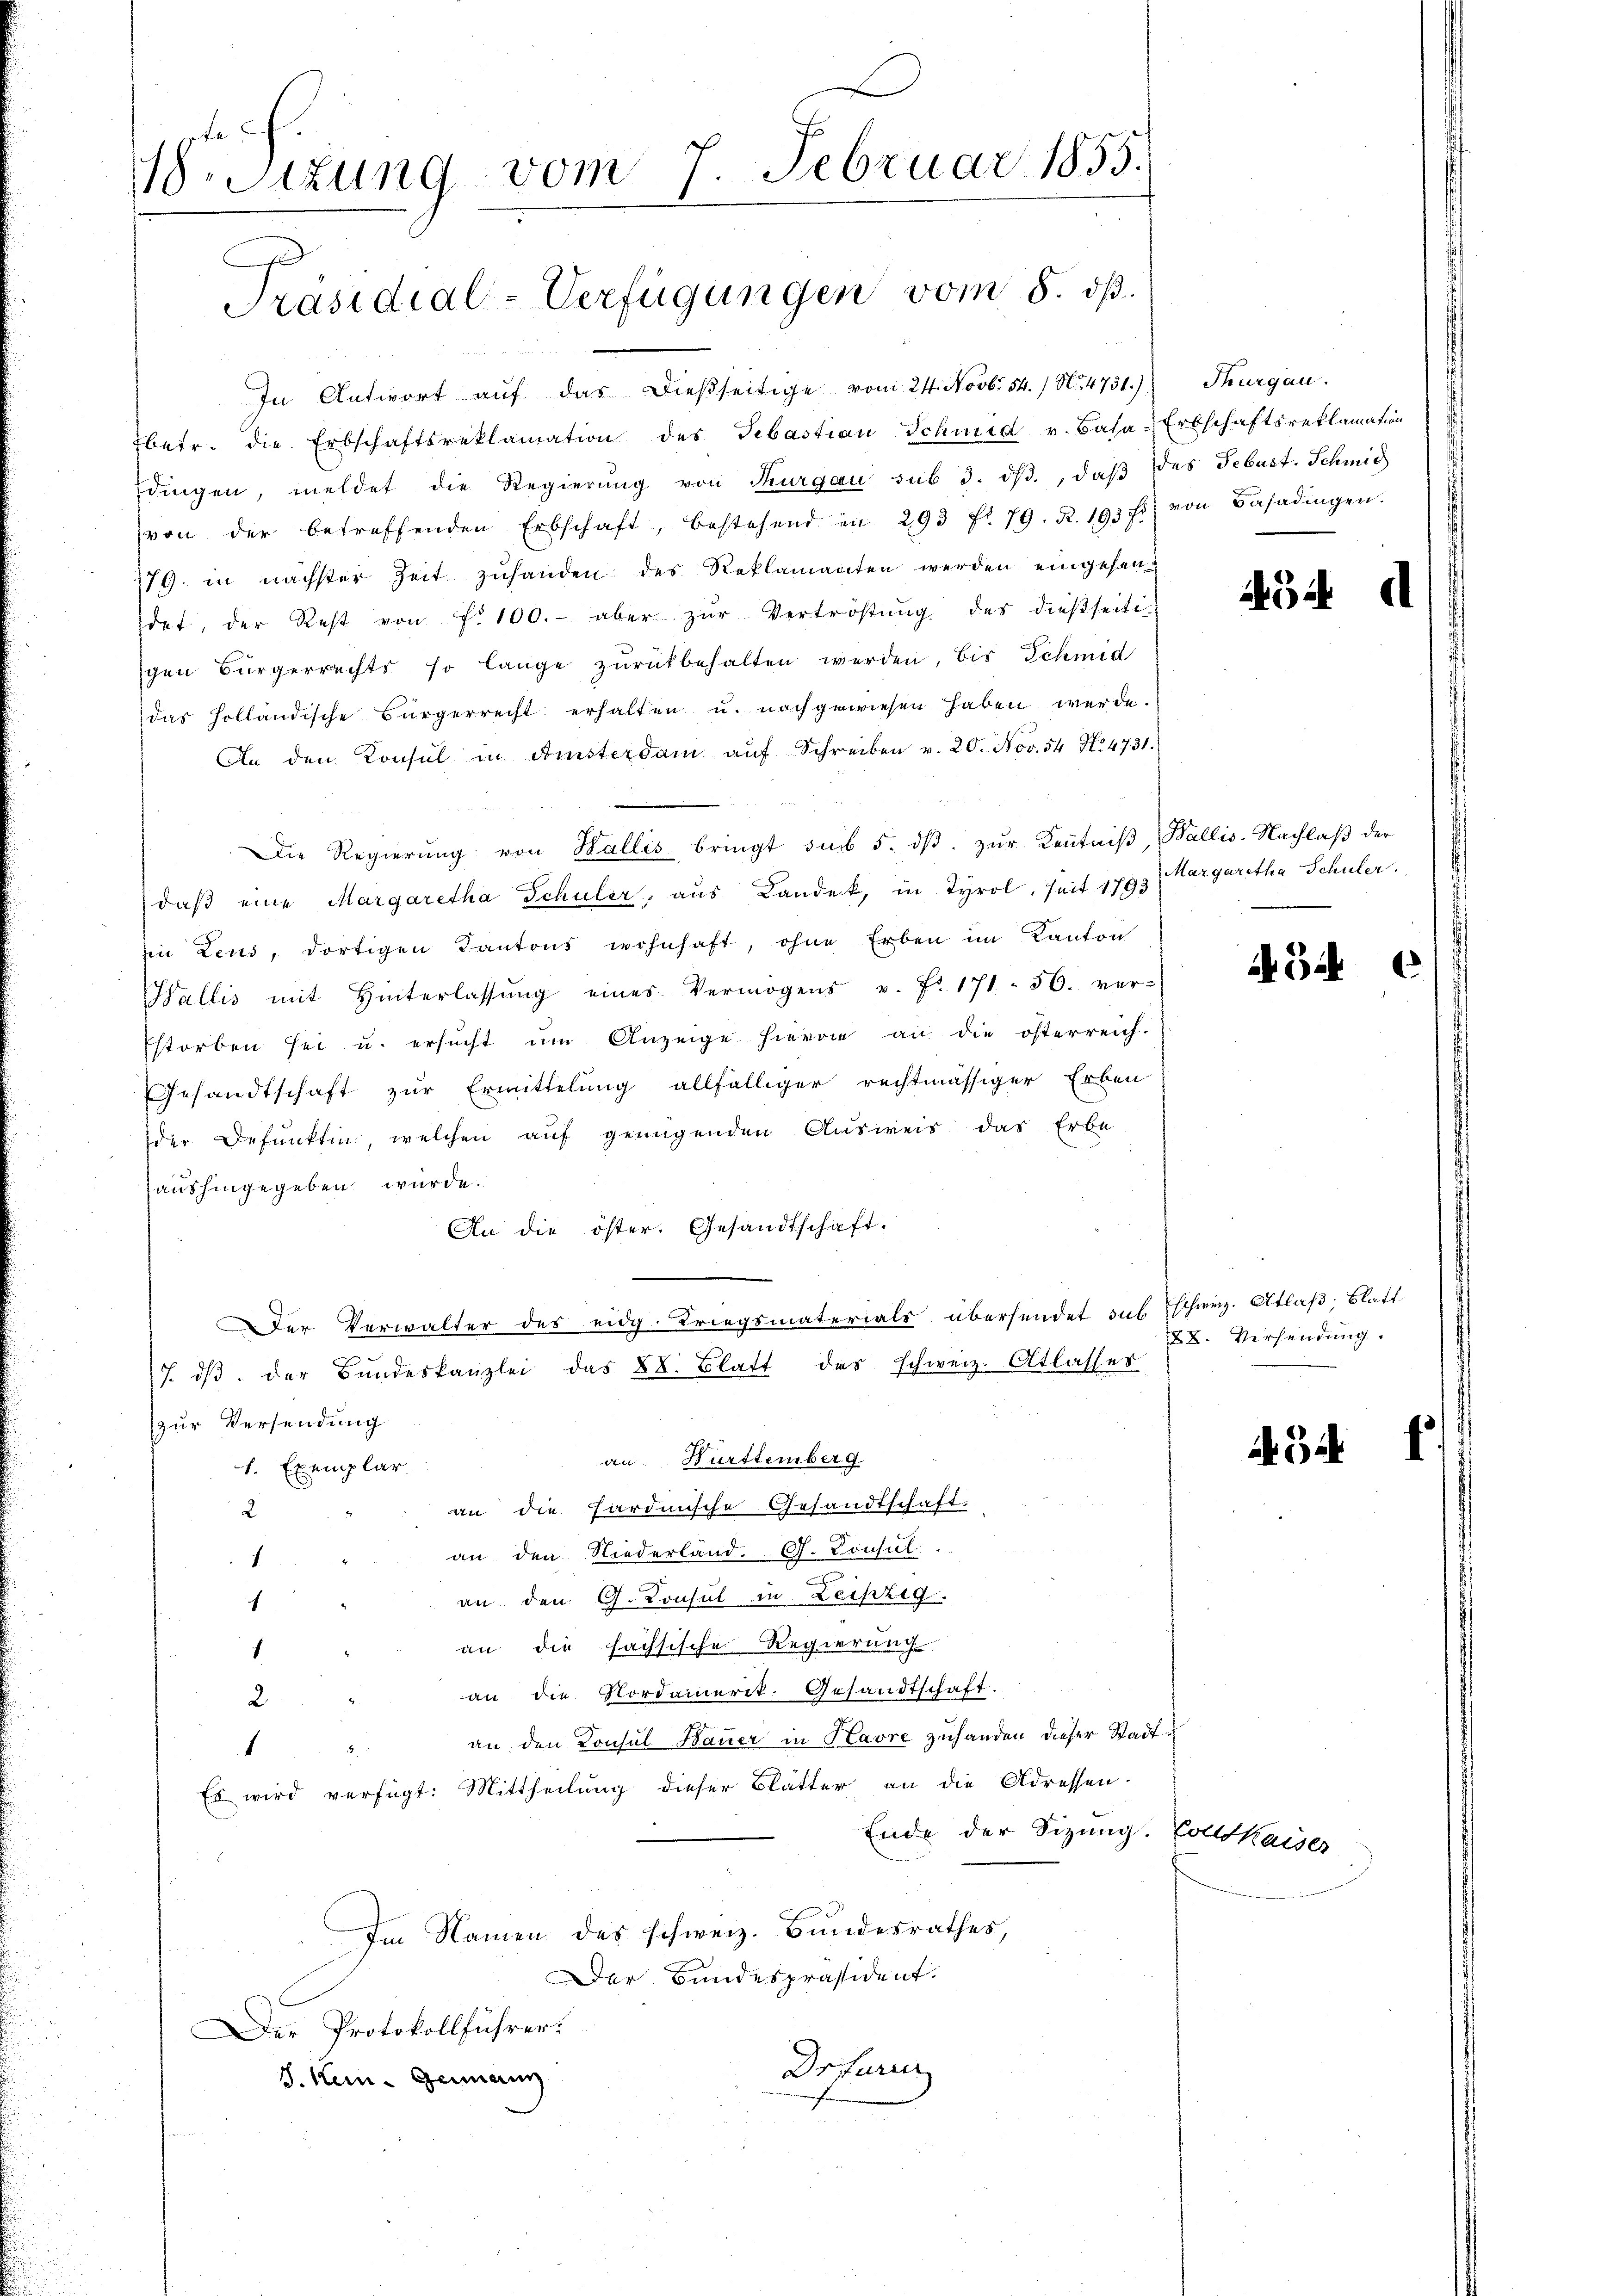
18. Sitzung vom 7. Februar 1855.

Präsidial-Verfügungen vom 8. dß.

fbetr. die Erbschaftsreklamation des Sebastian Schmid v. Basa-Erbschaftsreklamation
Edingen, meldet die Regierŭng von Thurgau sub 3. dβ., daβ das Sebast. Schmid
von der betreffenden Erbschaft, bestehend in 293 f. 79. R. 193 f. von Basadingen.
79. in nächster Zeit zuhanden des Reklamanten werden eingehendet, der Rest von f. 100.- aber zŭr Vertröstŭng des dießseiti-
schen Bürgerrechts so lange zŭrückbehalten werden, bis Schmid
das Holländische Bürgerrecht erhalten u. nachgewiesen haben werde.
An den Konsul in Finsterdam aŭf Schreiben v. 20. Nov. 54 No. 4731.
Die Regierung von Wallis bringt sub 5. dß. zur Kenntniß, Wallis-Nachlaß der
daß eine Margaretha Schuler, aus Landek, in Tyrol, Zeit 1793 Margaretha Schuler.
in Leus, dortigen Kantons wohnhaft, ohne Erben im Kanton
Wallis mit Hinterlassŭng eines Vermögens u. fr. 171. 56. ver-
Estorben sei u. ersŭcht ŭm Anzeige hievon an die österreich-
Gesandtschaft zur Ermittelung allfälliger rechtmässiger Erben
der Defunkten, welchen auf genügenden Ausweis das Erbe
aushingegeben würde.
An die öster. Gesandtschaft-
er Verwalter des eidg. Kriegsmaterials übersendet sub schweiz. Atlaß; Blatt
7. dβ der Bŭndeskanzlei das 88. Blatt das schweiz. Atlasses
zur Versendung
an Württemberg
h. Exemplar
an die hardinische Gesandtschaft.
2
an den Niederland. G. Consul
1
an den G. Consul in Leipzig.
f
an die fachsische Regierung
1
2 " an die Nordamerik. Gesandtschaft.
an den Konsul Bauer in Havre zuhanden dieser Stadt¬
1

Es wird verfügt: Mittheilung dieser Blätter an die Adressen.
Ende der Sizung. Goltkaises
Im Namen des schweiz. Bundesrathes,
Der Bundespräsident.
Der Protokollführer.
Drfuri
S. Kein - Genann

In Antwort auf das dießseitige vom 24. Novbr. 54. / No. 4731):

Thurgau.

34

3

28. Versendung.